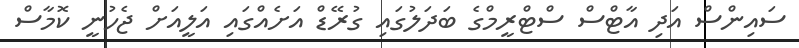
ސައިންސް އަދި އާޓްސް ސްޓްރީމްގެ ބަދަލުގައި ގުރޭޑް އަށެއްގައި އަލީއަށް ޖެހުނީ ކޮމާސް